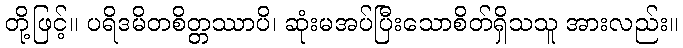
တို့ဖြင့်။ ပရိဒမိတစိတ္တဿာပိ၊ ဆုံးမအပ်ပြီးသောစိတ်ရှိသသူ အားလည်း။